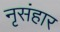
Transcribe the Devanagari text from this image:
नृसंहार